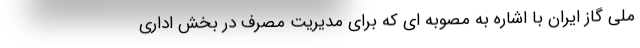
ملی گاز ایران با اشاره به مصوبه ای که برای مدیریت مصرف در بخش اداری